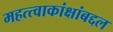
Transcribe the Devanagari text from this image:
महत्त्वाकांक्षांबद्दल